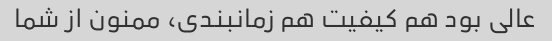
عالی بود هم کیفیت هم زمانبندی، ممنون از شما